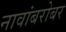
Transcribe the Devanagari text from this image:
नावांबरोबर